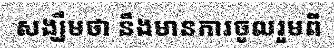
សង្ឃឹមថា នឹងមានការចូលរួមពី